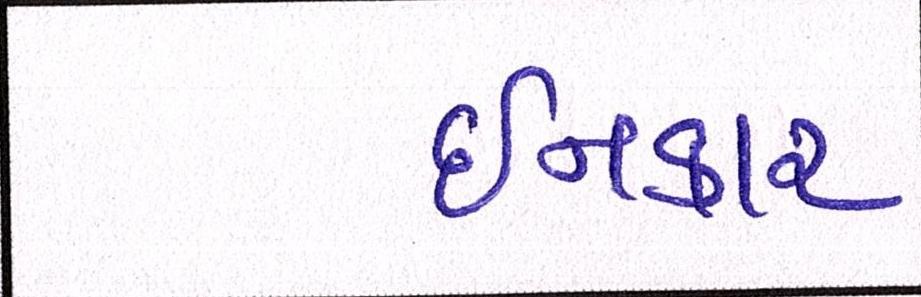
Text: ઈનકાર